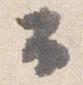
公